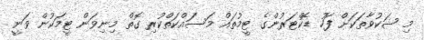
މި ޝަކުވާތަކަށް ފަހު ޑޮކްޓަރުންގެ ޓީމުތައް މަސައްކަތްކުރި ގޮތް މިނިވަން ޓީމަކުން ވަނީ